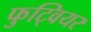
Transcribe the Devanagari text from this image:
फुट्वियर